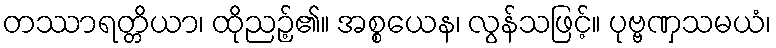
တဿာရတ္တိယာ၊ ထိုညဉ့်၏။ အစ္စယေန၊ လွန်သဖြင့်။ ပုဗ္ဗဏှသမယံ၊